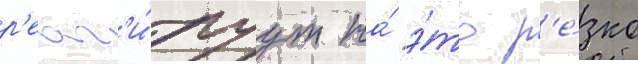
р'еаг'и́руут на́ э́то р'е́зко